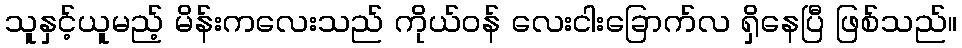
သူနှင့်ယူမည့် မိန်းကလေးသည် ကိုယ်ဝန် လေးငါးခြောက်လ ရှိနေပြီ ဖြစ်သည်။